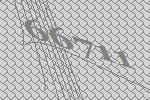
66711